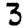
Digit: 3